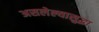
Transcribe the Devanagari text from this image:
असलेल्यासुद्धा